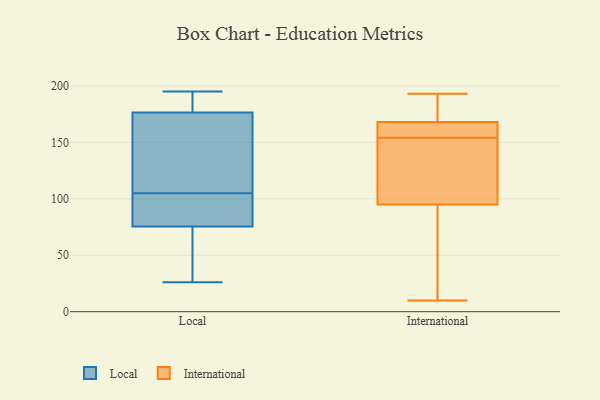
{"axis": {"x": "LTV (USD)", "y": "Value"}, "legend": ["International", "Local"], "data": [{"x": "", "y": 63, "type": "Local"}, {"x": "", "y": 127, "type": "Local"}, {"x": "", "y": 178, "type": "Local"}, {"x": "", "y": 195, "type": "Local"}, {"x": "", "y": 99, "type": "Local"}, {"x": "", "y": 78, "type": "Local"}, {"x": "", "y": 68, "type": "Local"}, {"x": "", "y": 176, "type": "Local"}, {"x": "", "y": 105, "type": "Local"}, {"x": "", "y": 183, "type": "Local"}, {"x": "", "y": 97, "type": "Local"}, {"x": "", "y": 155, "type": "Local"}, {"x": "", "y": 26, "type": "Local"}, {"x": "", "y": 115, "type": "International"}, {"x": "", "y": 15, "type": "International"}, {"x": "", "y": 95, "type": "International"}, {"x": "", "y": 178, "type": "International"}, {"x": "", "y": 163, "type": "International"}, {"x": "", "y": 10, "type": "International"}, {"x": "", "y": 145, "type": "International"}, {"x": "", "y": 166, "type": "International"}, {"x": "", "y": 193, "type": "International"}, {"x": "", "y": 168, "type": "International"}]}